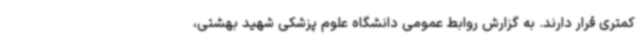
کمتری قرار دارند. به گزارش روابط عمومی دانشگاه علوم پزشکی شهید بهشتی،